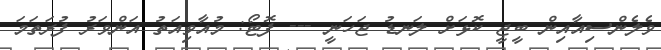
ވެލެންސިއާއިން ބީޖީ ކޮޅަށް ލަނޑު ޖަހަނީ --- ފޮޓޯ: މުއާވިއަތު އަންވަރު ފުރަތަމަ